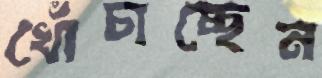
খোঁচাচ্ছেন